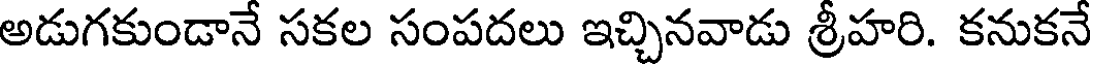
అడుగకుండానే సకల సంపదలు ఇచ్చినవాడు శ్రీహరి. కనుకనే